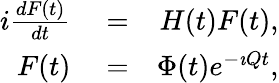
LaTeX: \begin{array}{rlr}{i\frac{dF(t)}{dt}}&{{}=}&{H(t)F(t),}\\ {F(t)}&{{}=}&{\Phi(t)e^{-\imath Qt},}\end{array}